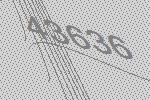
43636